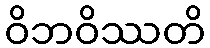
ဝိဘဝိဿတိ